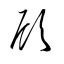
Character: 顧